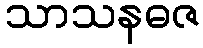
သာသနဓဇ